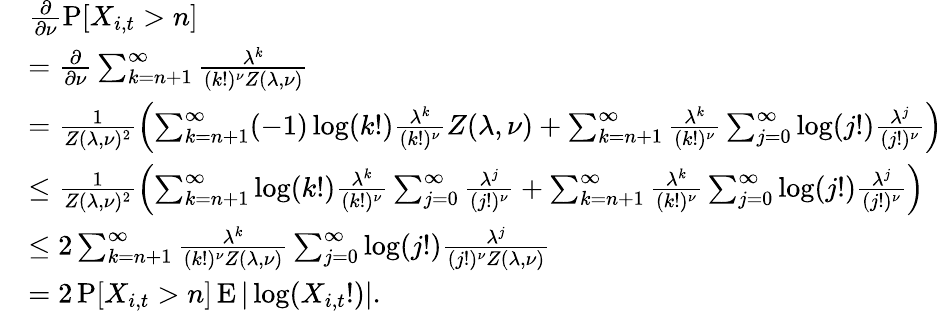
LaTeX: \begin{array}{rl}&{\frac{\partial}{\partial\nu}\operatorname{P}[X_{i,t}>n]}\\ &{=\frac{\partial}{\partial\nu}\sum_{k=n+1}^{\infty}\frac{\lambda^{k}}{(k!)^{\nu}Z(\lambda,\nu)}}\\ &{=\frac{1}{Z(\lambda,\nu)^{2}}\left(\sum_{k=n+1}^{\infty}(-1)\log(k!)\frac{\lambda^{k}}{(k!)^{\nu}}Z(\lambda,\nu)+\sum_{k=n+1}^{\infty}\frac{\lambda^{k}}{(k!)^{\nu}}\sum_{j=0}^{\infty}\log(j!)\frac{\lambda^{j}}{(j!)^{\nu}}\right)}\\ &{\leq\frac{1}{Z(\lambda,\nu)^{2}}\left(\sum_{k=n+1}^{\infty}\log(k!)\frac{\lambda^{k}}{(k!)^{\nu}}\sum_{j=0}^{\infty}\frac{\lambda^{j}}{(j!)^{\nu}}+\sum_{k=n+1}^{\infty}\frac{\lambda^{k}}{(k!)^{\nu}}\sum_{j=0}^{\infty}\log(j!)\frac{\lambda^{j}}{(j!)^{\nu}}\right)}\\ &{\leq 2\sum_{k=n+1}^{\infty}\frac{\lambda^{k}}{(k!)^{\nu}Z(\lambda,\nu)}\sum_{j=0}^{\infty}\log(j!)\frac{\lambda^{j}}{(j!)^{\nu}Z(\lambda,\nu)}}\\ &{=2\operatorname{P}[X_{i,t}>n]\operatorname{E}|\log(X_{i,t}!)|.}\end{array}